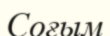
Соғым